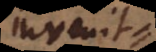
inveni